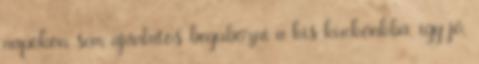
napokon sem ajánlatos begubózni a kis kuckónkba, így jó,